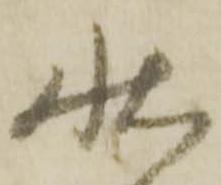
状